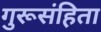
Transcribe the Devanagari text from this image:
गुरूसंहिता